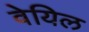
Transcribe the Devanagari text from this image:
वेयिल